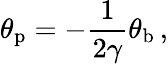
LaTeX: \theta_{\mathrm{p}}=-{\frac{1}{2\gamma}}\theta_{\mathrm{b}}\, ,